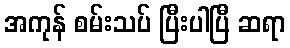
အကုန် စမ်းသပ် ပြီးပါပြီ ဆရာ